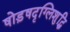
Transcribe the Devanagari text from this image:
षोड़षदृग्लिशुद्धि